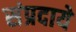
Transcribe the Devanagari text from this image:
संप्रदाये